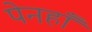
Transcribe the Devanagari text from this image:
पेनहाँ